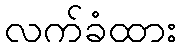
လက်ခံထား